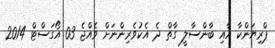
ޕްރިޔަންކާ އާއި ބާންސާލީ ގާތް ދެ އެކުވެރިންނަށް ވެއްޖެ 03 އޯގަސްޓް 2014